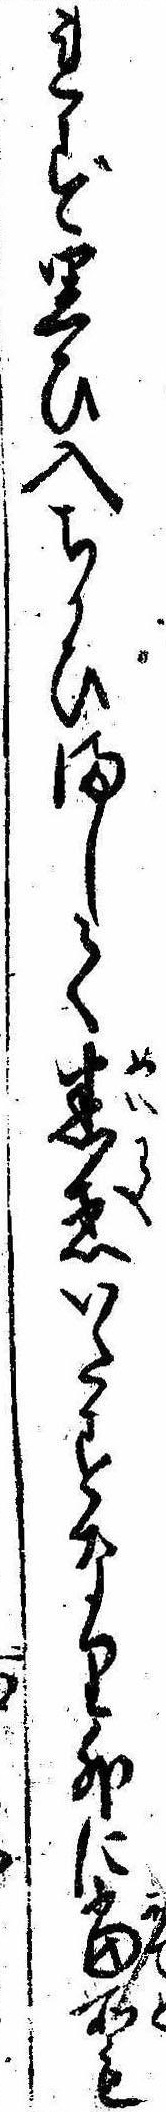
れず思ひ入ちかひまして迷惑いたすなり外に当所も